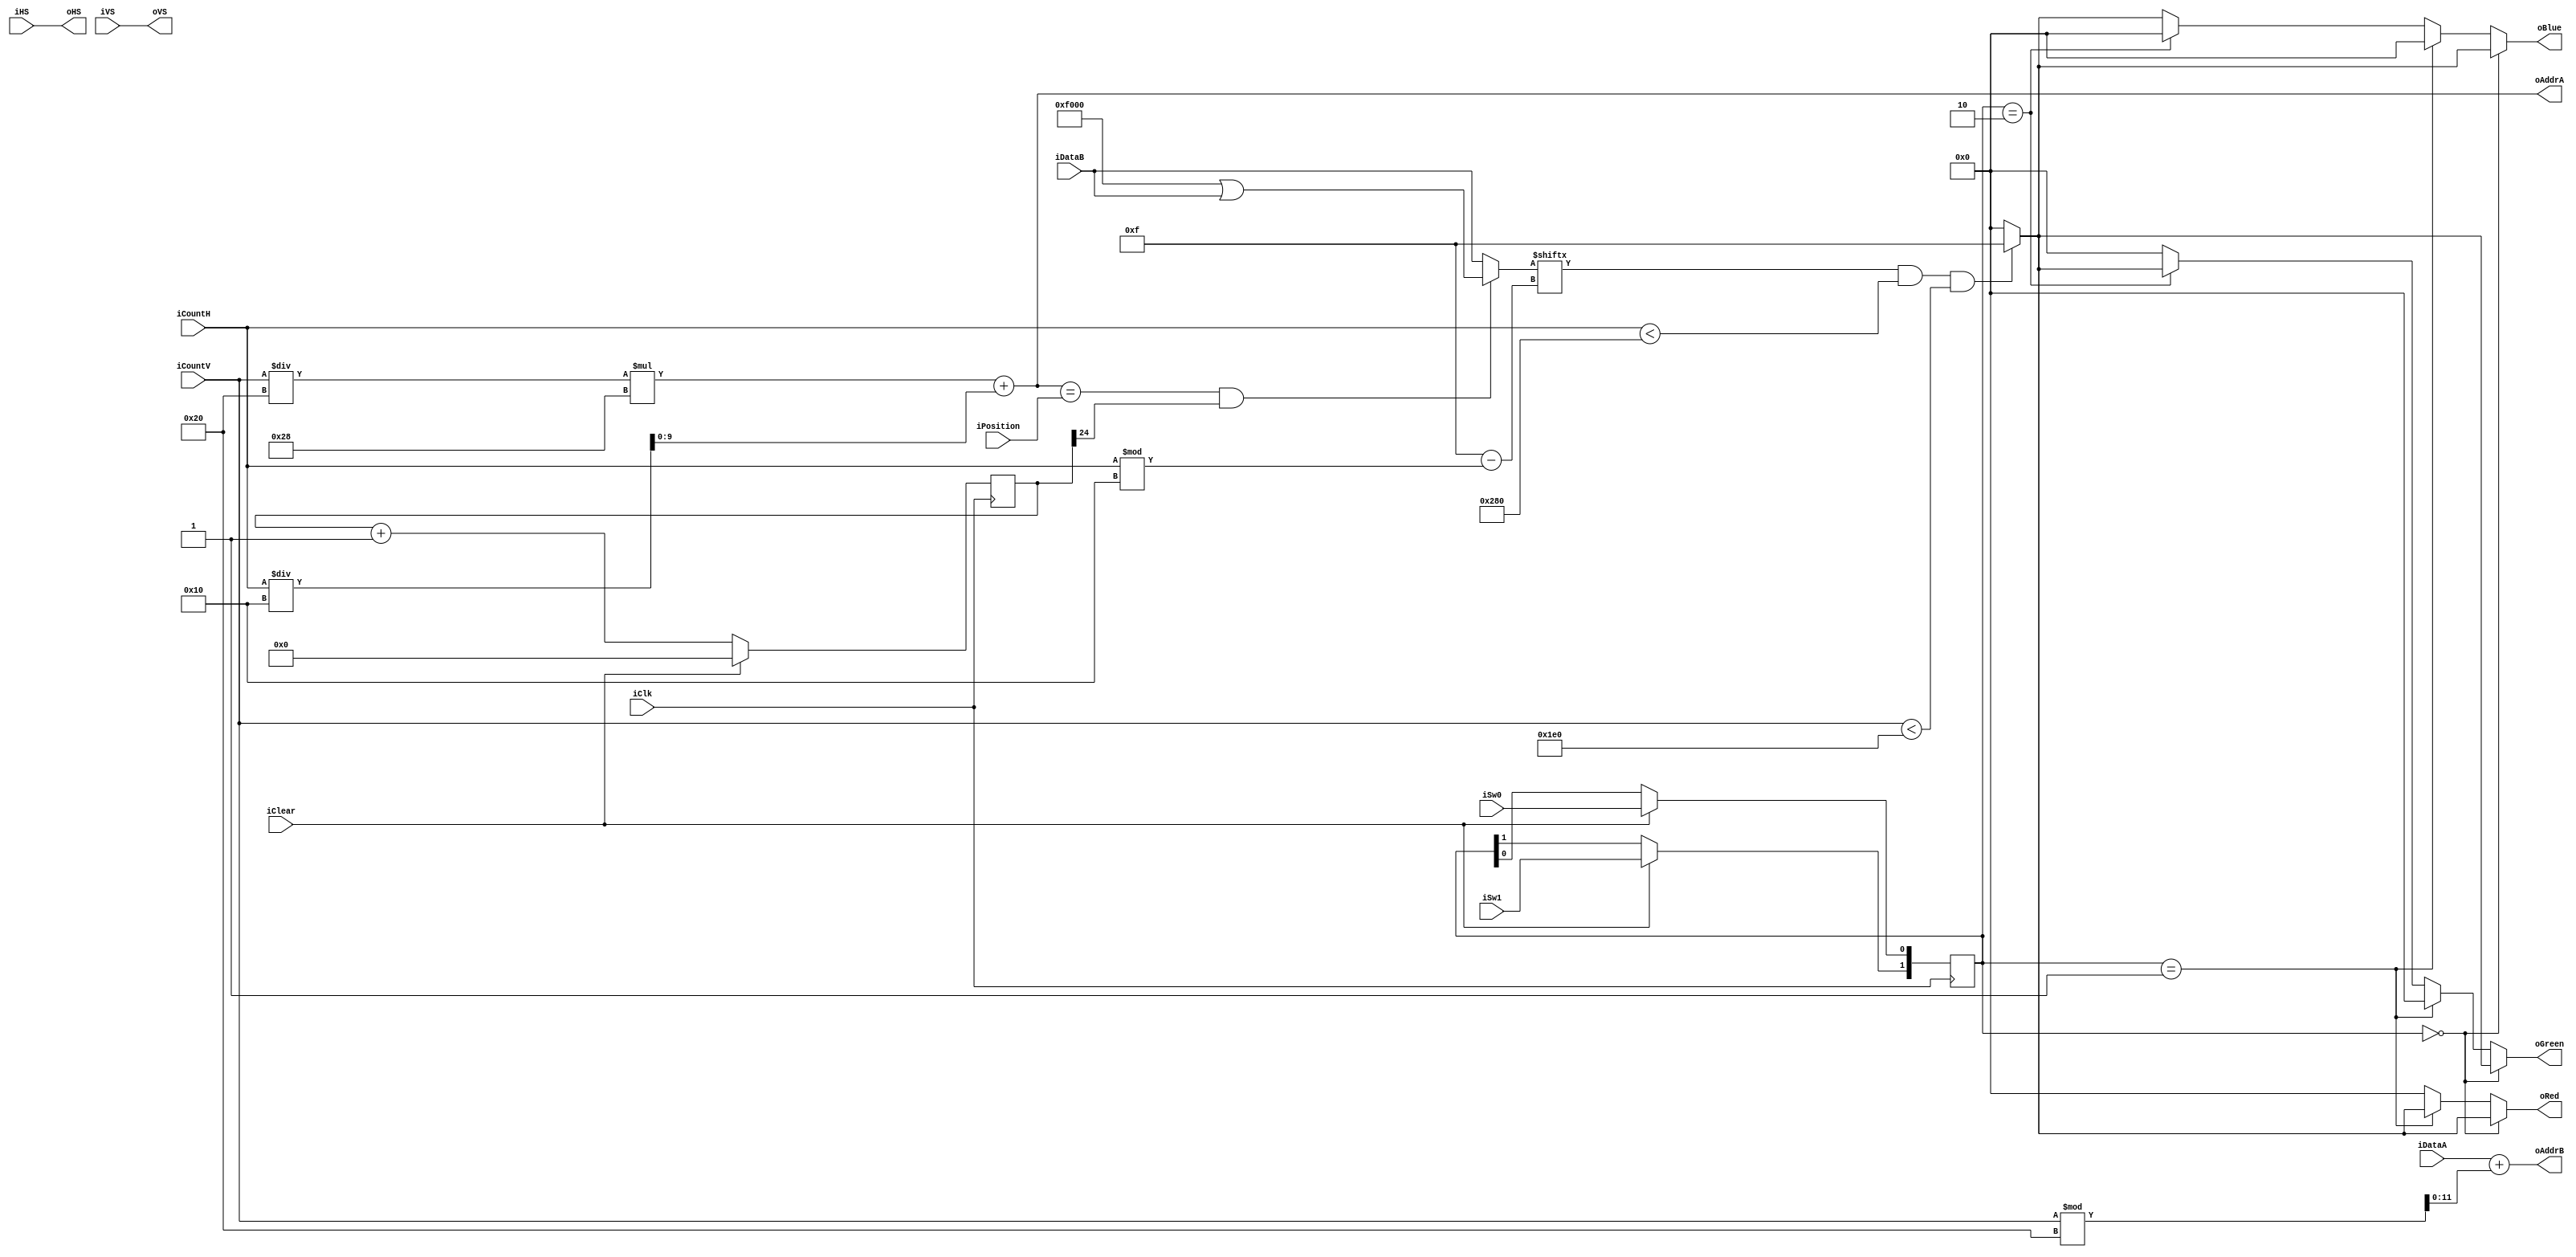
`timescale 1ns / 1ps
//////////////////////////////////////////////////////////////////////////////////
// Company: 
// Engineer: 
// 
// Design Name: 
// Module Name: VGA_pattern
// Project Name: 
// Target Devices: 
// Tool Versions: 
// Description: 
// 
// Dependencies: 
// 
// Revision:
// Revision 0.01 - File Created
// Additional Comments:
// 
//////////////////////////////////////////////////////////////////////////////////


module VGA_pattern #(
    parameter WIDTH = 640,
    parameter H_FP = 16,
    parameter H_PW = 96,
    parameter H_BP = 48,

    parameter HEIGHT = 480,
    parameter V_FP = 10,
    parameter V_PW = 2,
    parameter V_BP = 33,
    
    //2^24=16,777,216   16,777,216/25,000,000=0.67108864
    //The cursor will display for 0.67s and not display for 0.67s
    parameter counterbits = 25         
    )
    (
    input wire          iClk, iClear,
    input wire [9:0]    iCountH, iCountV,
    input wire          iHS, iVS,
    input wire          iSw0, iSw1,
    input wire [11:0]   iDataA,
    input wire [15:0]   iDataB,
    input wire [9:0]    iPosition,
    output wire         oHS, oVS,
    output wire [3:0]   oRed, oGreen, oBlue,
    output wire [9:0]   oAddrA,
    output wire [11:0]  oAddrB
    );
    
    //4 states for characters in different color
    localparam sWhite       = 2'b00;
    localparam sRed         = 2'b01;
    localparam sGreen       = 2'b10;
    localparam sBlue        = 2'b11;
    
    
    reg [counterbits - 1 : 0] r_Counter_current, w_Counter_next;
    reg [1:0] r_FSM_current, w_FSM_next;    

    always @(posedge iClk)
    begin
        if (iClear == 1)
        begin
            r_Counter_current <= 0;
            r_FSM_current[1] <= iSw1;           
            r_FSM_current[0] <= iSw0;           //Read the value of switch to decide which color to print             
        end
        
        else     
            r_Counter_current <= w_Counter_next;
    end
    
    localparam cursor = 16'b1111000000000000;   //cursor pattern 
    
    reg [3:0] r_Red, r_Green, r_Blue;
    reg [15:0] r_DataB;
    
    always @(*)
    begin
        //Use the value of ont bit of counter to control the cursor flashing
        if (oAddrA == iPosition && r_Counter_current[counterbits - 1] == 1)
            r_DataB <= cursor | iDataB;              //When we want to display cursor, we combine the pattern of original character with cursor pattern
        else
            r_DataB <= iDataB;
            
        w_Counter_next <= r_Counter_current + 1;      //Counter for flashing cursor
        
        if(r_FSM_current == sWhite)
        begin
            r_Red <= (r_DataB[15-iCountH % 16] == 1 && iCountH < WIDTH && iCountV < HEIGHT) ? 4'hF : 0;
            r_Green <= (r_DataB[15-iCountH % 16] == 1 && iCountH < WIDTH && iCountV < HEIGHT) ? 4'hF : 0;
            r_Blue <= (r_DataB[15-iCountH % 16] == 1 && iCountH < WIDTH && iCountV < HEIGHT) ? 4'hF : 0;   
        end
        
        else if(r_FSM_current == sRed)
        begin
            r_Red <= (r_DataB[15-iCountH % 16] == 1 && iCountH < WIDTH && iCountV < HEIGHT) ? 4'hF : 0;
            r_Green <= 0;
            r_Blue <= 0;
        end
        
        else if(r_FSM_current == sGreen)
        begin
            r_Red <= 0;
            r_Green <= (r_DataB[15-iCountH % 16] == 1 && iCountH < WIDTH && iCountV < HEIGHT) ? 4'hF : 0;
            r_Blue <= 0;
        end    
        
        else
        begin
            r_Red <= 0;
            r_Green <= 0;
            r_Blue <= (r_DataB[15-iCountH % 16] == 1 && iCountH < WIDTH && iCountV < HEIGHT) ? 4'hF : 0;
        end      
    end
    
    assign oHS = iHS;
    assign oVS = iVS;
    assign oRed = r_Red;
    assign oGreen = r_Green;
    assign oBlue = r_Blue;
    assign oAddrA = (iCountV / 32 * 40) + (iCountH / 16);   //grid umber
    assign oAddrB = iDataA + iCountV % 32;                  //enrtry number in AsciiCharsMem
   
endmodule